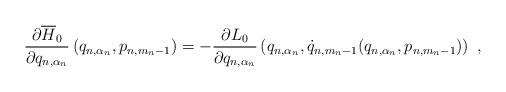
LaTeX: \begin{align*}\frac{\partial\overline{H}_0}{\partial q_{n,\alpha_n}}\left(q_{n,\alpha_n},p_{n,m_n-1}\right)=-\frac{\partial L_0}{\partial q_{n,\alpha_n}}\left(q_{n,\alpha_n},\dot{q}_{n,m_n-1}(q_{n,\alpha_n},p_{n,m_n-1})\right)\ ,\end{align*}